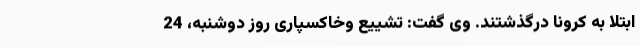
ابتلا به کرونا درگذشتند. وی گفت:‌ تشییع وخاکسپاری روز دوشنبه، 24